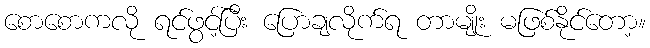
စောစောကလို ရင်ဖွင့်ပြီး ပြောချလိုက်ရ တာမျိုး မဖြစ်နိုင်တော့။